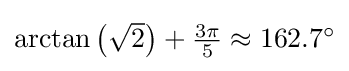
{\textstyle \arctan \left({\sqrt {2}}\right)+{\frac {3\pi }{5}}\approx 162.7^{\circ }}